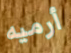
أرميه